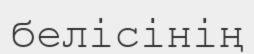
белісінің